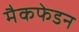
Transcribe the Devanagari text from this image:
मैकफेडन